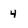
Character: 4